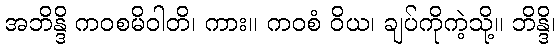
အဘိန္ဒိ ကဝစမိဝါတိ၊ ကား။ ကဝစံ ဝိယ၊ ချပ်ကိုကဲ့သို့။ ဘိန္ဒိ၊